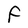
Character: F